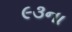
૯૩ના